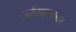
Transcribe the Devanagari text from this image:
प्रतिसहकार